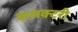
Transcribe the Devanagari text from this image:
कलक्‍टरी